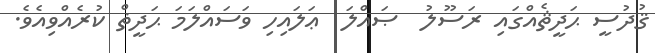
ޤުދުސީ ޙަދީޘެއްގައި ރަސޫލު  ޞައްލަ  ޢަލައިހި ވަސައްލަމަ ޙަދީޡް ކުރެއްވިއެވެ.